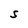
Character: S